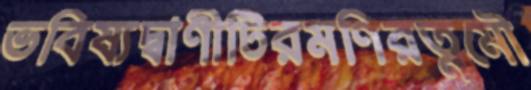
ভবিষ্যদ্বাণীটিরমণিরত্নমৌ